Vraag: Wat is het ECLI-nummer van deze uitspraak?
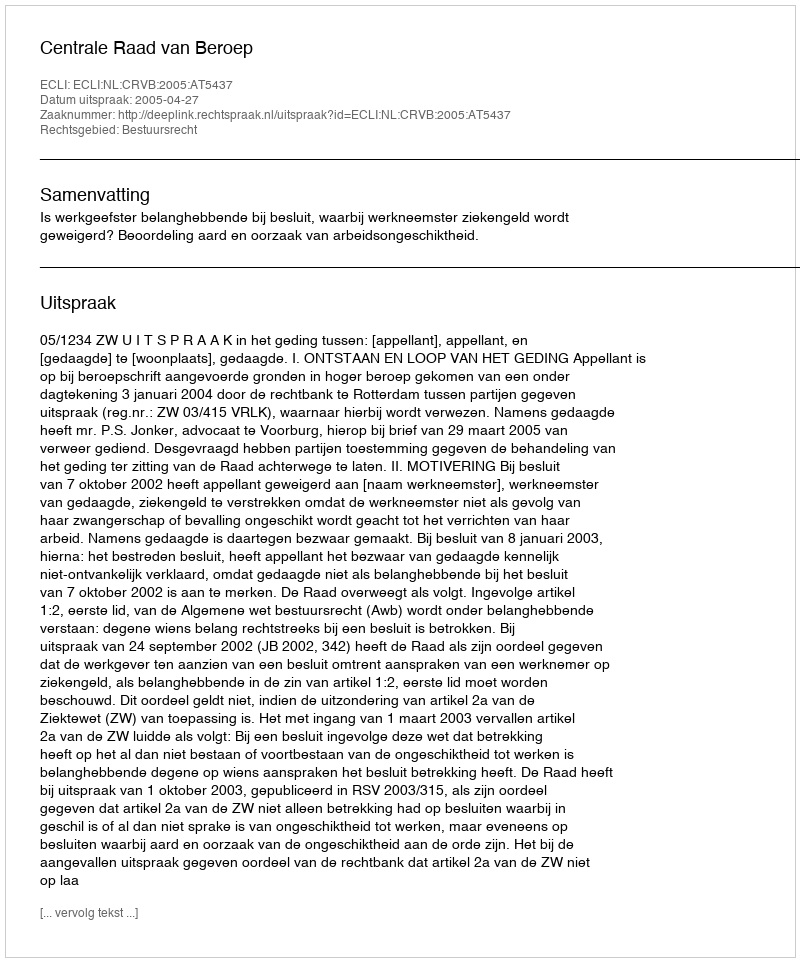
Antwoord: ECLI:NL:CRVB:2005:AT5437